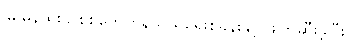
မြူမှုန်ထိုးခွဲ စစ်တွေကုန်သွယ်ရေးစခန်းနှင့် ဖျက်ဆီးခဲ့ပြီး